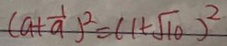
( a + \frac { 1 } { a } ) ^ { 2 } = ( 1 + \sqrt { 1 0 } ) ^ { 2 }